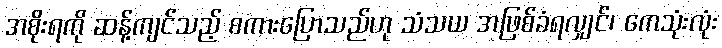
အစိုးရကို ဆန့်ကျင်သည့် စကားပြောသည်ဟု သံသယ အဖြစ်ခံရလျှင်၊ ကေသုံးလုံး